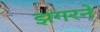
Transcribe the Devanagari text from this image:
झगरने